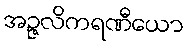
အဉ္ဇလိကရဏီယော